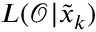
L ( \mathcal { O } | \tilde { x } _ { k } )